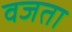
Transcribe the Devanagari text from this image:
वजता